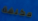
مكلفة